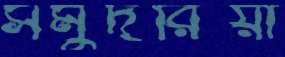
সমুদরিয়া